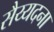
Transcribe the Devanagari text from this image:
सैय्यदना